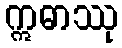
ဣဓာဿု